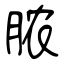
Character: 脓